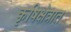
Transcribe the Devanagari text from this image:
कृषिक्षेत्रात